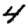
Digit: 4